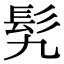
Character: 𩫴